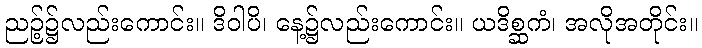
ညဉ့်၌လည်းကောင်း။ ဒိဝါပိ၊ နေ့၌လည်းကောင်း။ ယဒိစ္ဆကံ၊ အလိုအတိုင်း။